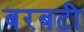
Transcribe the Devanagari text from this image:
बरबटी